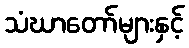
သံဃာတော်များနှင့်